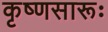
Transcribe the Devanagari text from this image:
कृष्‍णसारूः